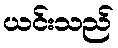
ယင်းသည်